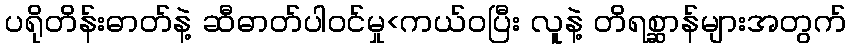
ပရိုတိန်းဓာတ်နဲ့ ဆီဓာတ်ပါဝင်မှု<ကယ်ဝပြီး လူနဲ့ တိရစ္ဆာန်များအတွက်